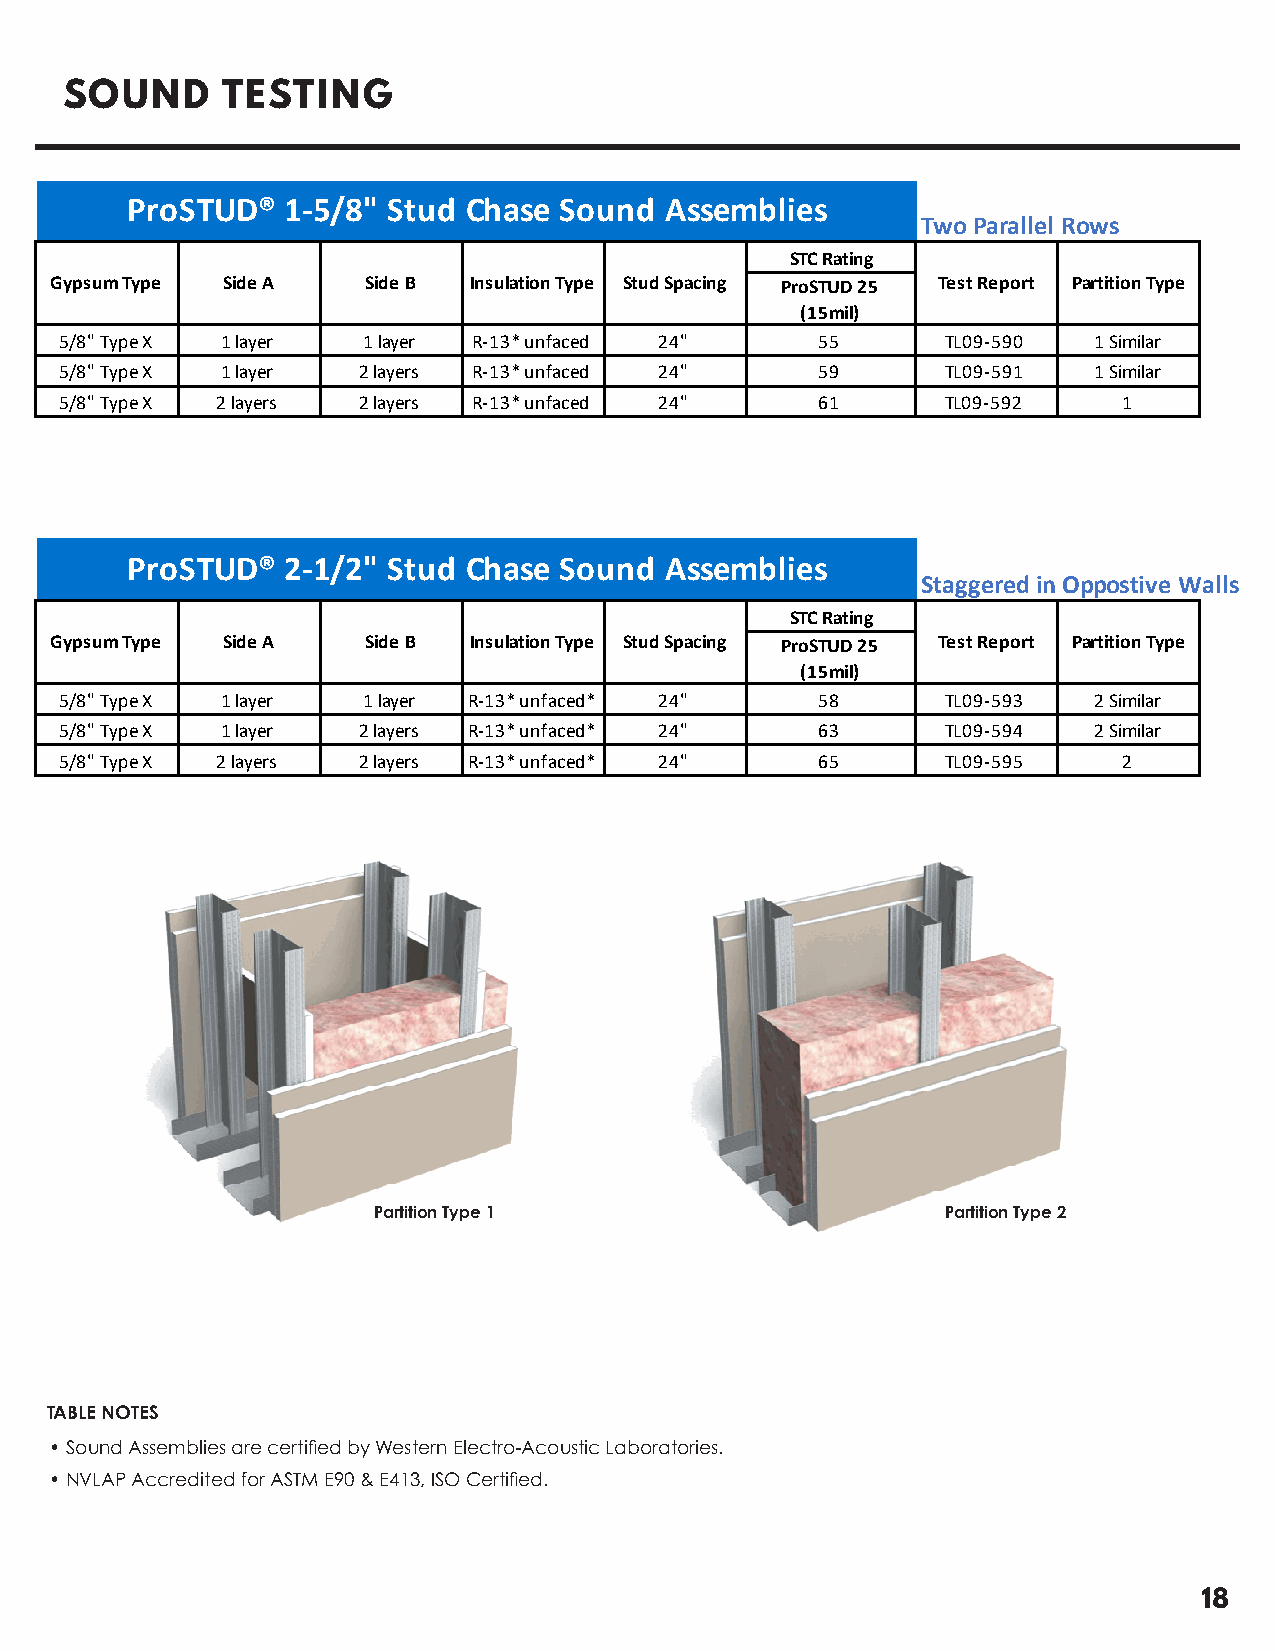
SOUND      TESTING
 ProSTUD®   1-5/8" Stud Chase Sound  Assemblies
 Two Parallel Rows
 STC Rating
 Gypsum Type Side A   Side B Insulation Type Stud Spacing ProSTUD 25 Test Report Partition Type
 (15mil)
 5/8" Type X 1 layer 1 layer R-13* unfaced 24"     55       TL09-590 1 Similar
 5/8" Type X 1 layer 2 layers R-13* unfaced 24"    59       TL09-591 1 Similar
 5/8" Type X 2 layers 2 layers R-13* unfaced 24"   61       TL09-592   1
 ProSTUD®   2-1/2" Stud Chase Sound  Assemblies
 Staggered in Oppostive Walls
 STC Rating
 Gypsum Type Side A   Side B Insulation Type Stud Spacing ProSTUD 25 Test Report Partition Type
 (15mil)
 5/8" Type X 1 layer 1 layer R-13* unfaced* 24"    58       TL09-593 2 Similar
 5/8" Type X 1 layer 2 layers R-13* unfaced* 24"   63       TL09-594 2 Similar
 5/8" Type X 2 layers 2 layers R-13* unfaced* 24"  65       TL09-595   2
 Partition Type 1                      Partition Type 2
 TABLE NOTES
 • Sound Assemblies are certified by Western Electro-Acoustic Laboratories.
 • NVLAP Accredited for ASTM E90 & E413, ISO Certified.
 18